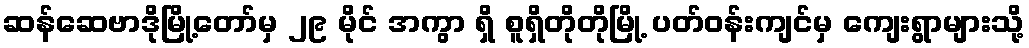
ဆန်ဆေဗာဒိုမြို့တော်မှ ၂၉ မိုင် အကွာ ရှိ စူရှိတိုတိုမြို့ ပတ်ဝန်းကျင်မှ ကျေးရွာများသို့